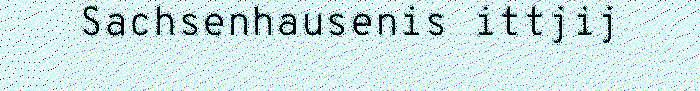
Sachsenhausenis ittjij